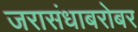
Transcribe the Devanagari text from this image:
जरासंधाबरोबर